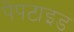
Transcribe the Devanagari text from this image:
पेपटाइड